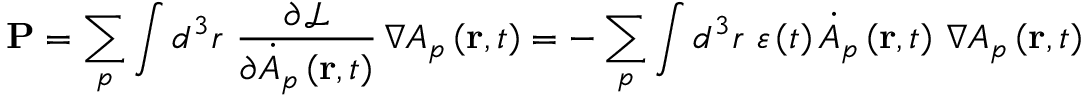
\mathbf { P } = \sum _ { p } \int d ^ { 3 } r \, \, \frac { \partial \mathcal { L } } { \partial \dot { A } _ { p } \left( \mathbf { r } , t \right) } \, \nabla A _ { p } \left( \mathbf { r } , t \right) = - \sum _ { p } \int d ^ { 3 } r \, \, \varepsilon \left( t \right) \dot { A } _ { p } \left( \mathbf { r } , t \right) \, \nabla A _ { p } \left( \mathbf { r } , t \right)